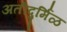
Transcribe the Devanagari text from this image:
अतीदुर्मिळ